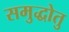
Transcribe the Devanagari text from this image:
समुद्धोतु